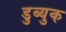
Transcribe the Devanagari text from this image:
डुब्युक